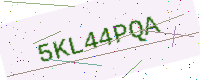
Text: 5KL44PQA